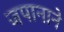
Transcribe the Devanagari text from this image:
जपानाने